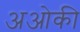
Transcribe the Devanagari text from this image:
अओकी